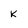
Character: K